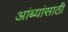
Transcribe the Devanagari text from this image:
आंब्यांसाठी